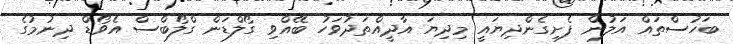
ބަހުސްތައް އަލުން ފެށިގެންދިޔައީ މިދިޔަ އާދީއްތަދުވަހު ބޭއްވި ގޯލްޑަން ގްލޯބްސް އެވޯޑް ދިނުމުގެ